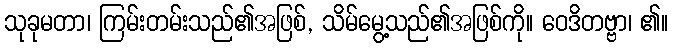
သုခုမတာ၊ ကြမ်းတမ်းသည်၏အဖြစ်, သိမ်မွေ့သည်၏အဖြစ်ကို။ ဝေဒိတဗ္ဗာ၊ ၏။